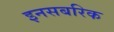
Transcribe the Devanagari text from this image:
इनसबरिक